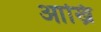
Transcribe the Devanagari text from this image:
आख्रि